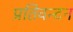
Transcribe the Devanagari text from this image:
प्रतिवन्दन